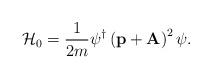
LaTeX: \begin{align*}{\cal H}_0 = { 1\over 2m} \psi^\dag \left ({\rm\bf p} + {\rm\bf A} \right )^2 \psi.\end{align*}